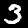
Digit: 3